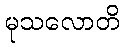
မုသလောတိ